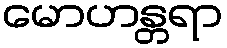
မောဟန္တရာ